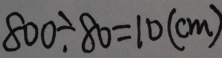
8 0 0 \div 8 0 = 1 0 ( c m )